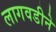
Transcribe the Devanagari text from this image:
लागवडीने